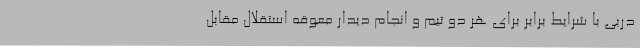
دربی با شرایط برابر برای هر دو تیم و انجام دیدار معوقه استقلال مقابل